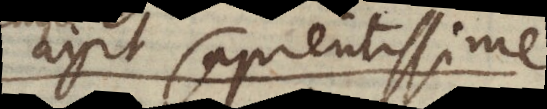
agit sapientissime;